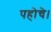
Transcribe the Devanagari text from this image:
पहोचे।